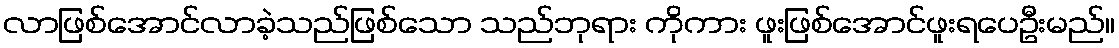
လာဖြစ်အောင်လာခဲ့သည်ဖြစ်သော သည်ဘုရား ကိုကား ဖူးဖြစ်အောင်ဖူးရပေဦးမည်။